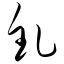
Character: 钆